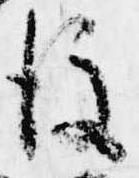
後